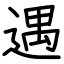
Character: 遇